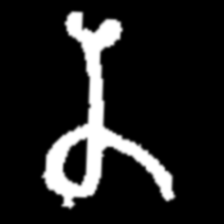
Pyu character \u2014 Myanmar letter: န (romanized: na)